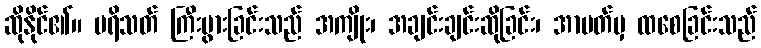
ဆိုနိုင်၏။ ပရိသတ် ကြီးပွားခြင်းသည် အကျိုး၊ အချင်းချင်းဆိုခြင်း၊ အာပတ်မှ ထစေခြင်းသည်